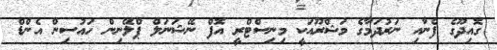
ގޮއިދޫގެ ފެނާއި ނަރުދަމާގެ މަޝްރޫއަކީ މިނިސްޓްރީ އޮފް ނޭޝަނަލް ޕްލޭނިން ހައުސިން އެންޑް